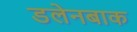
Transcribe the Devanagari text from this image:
डलेनबाक